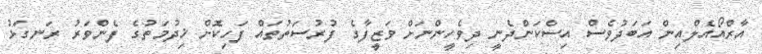
އާރްއޯއެލްއިން އަބަދުވެސް އިސްކަންދެނީ ދިވެހީންނަށް ވަޒީފާގެ ފުރުސަތުތައް ފަހިކޮށް ޚިދުމަތުގެ ފެންވަރު ރަނގަޅު